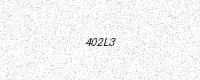
Text: 402L3